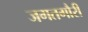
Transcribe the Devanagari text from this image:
जगतगौरी